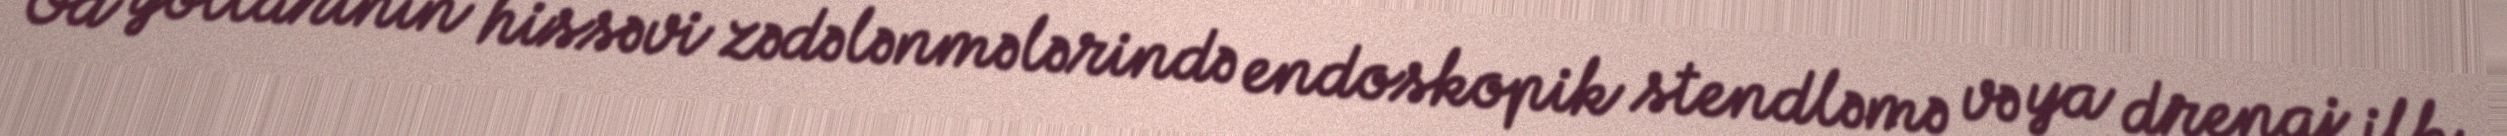
Öd yollarının hissəvi zədələnmələrində endoskopik stendləmə və ya drenaj ilk